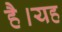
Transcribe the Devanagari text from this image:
हैै।यह